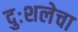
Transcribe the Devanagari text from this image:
दुःशलेचा